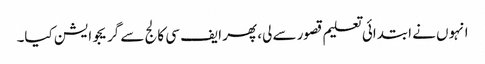
انہوں نے ابتدائی تعلیم قصور سے لی، پھر ایف سی کالج سے گریجوایشن کیا۔